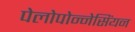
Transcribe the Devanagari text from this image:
पेलोपोन्नेसिंयन